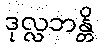
ဒုလ္လဘန္တိ